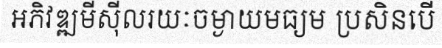
អភិវឌ្ឍមីស៊ីលរយៈចម្ងាយមធ្យម ប្រសិនបើ